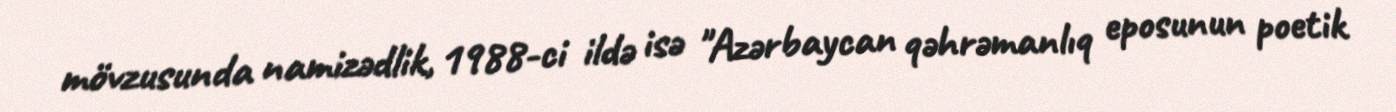
mövzusunda namizədlik, 1988-ci ildə isə "Azərbaycan qəhrəmanlıq eposunun poetik